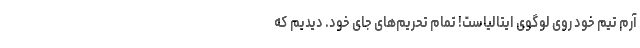
آرم تیم خود روی لوگوی ایتالیاست! تمام تحریم‌های جای خود. دیدیم که